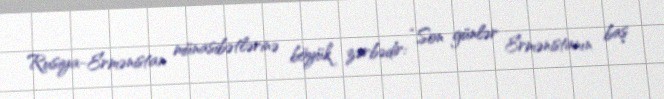
Rusiya-Ermənistan münasibətlərinə böyük zərbədir: “Son günlər Ermənistanın baş